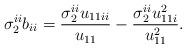
LaTeX: \begin{align*}\sigma_{2}^{ii}b_{ii}=\frac{\sigma_{2}^{ii}u_{11ii}}{u_{11}}-\frac{\sigma_{2}^{ii}u_{11i}^{2}}{u_{11}^{2}}.\end{align*}